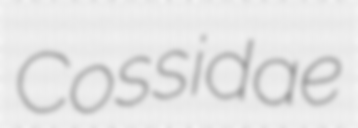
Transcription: Cossidae